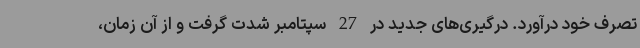
تصرف خود درآورد. درگیری‌های جدید در 27 سپتامبر شدت گرفت و از آن زمان،